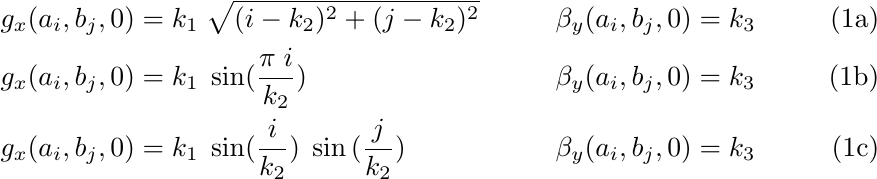
\begin{subequations}\label{eqnsimple}
\begin{align}
 g_x(a_i,b_j,0)&=k_1\;\sqrt{(i-k_2)^2+(j-k_2)^2}&  \beta_y(a_i,b_j,0)&=k_3   \\
g_x(a_i,b_j,0)&=k_1\;\sin({\frac{\pi \; i}{k_2}})&  \beta_y(a_i,b_j,0)&=k_3    \\
g_x(a_i,b_j,0)&=k_1\;\sin({\frac{i}{k_2}})\;\sin{(\frac{j}{k_2})}&  \beta_y(a_i,b_j,0)&=k_3
\end{align}
\end{subequations}